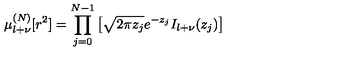
\mu _ { l + \nu } ^ { ( N ) } [ r ^ { 2 } ] = \prod _ { j = 0 } ^ { N - 1 } \left[ \sqrt { 2 \pi z _ { j } } e ^ { - z _ { j } } I _ { l + \nu } ( z _ { j } ) \right]